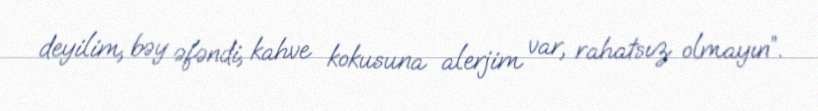
deyilim, bəy əfəndi, kahve kokusuna alerjim var, rahatsız olmayın”.